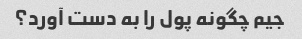
جیم چگونه پول را به دست آورد؟